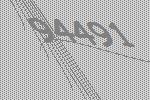
94491